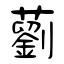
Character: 藰